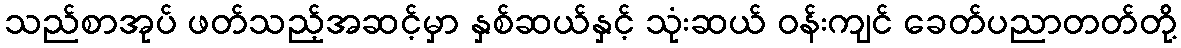
သည်စာအုပ် ဖတ်သည့်အဆင့်မှာ နှစ်ဆယ်နှင့် သုံးဆယ် ဝန်းကျင် ခေတ်ပညာတတ်တို့